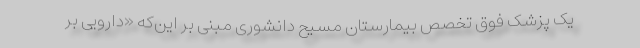
یک پزشک فوق تخصص بیمارستان مسیح دانشوری مبنی بر این‌که «دارویی بر